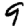
Digit: 9